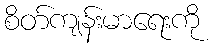
စိတ်ကျန်းမာရေးကို